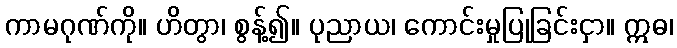
ကာမဂုဏ်ကို။ ဟိတွာ၊ စွန့်၍။ ပုညာယ၊ ကောင်းမှုပြုခြင်းငှာ။ ဣဓ၊